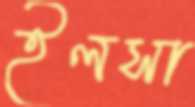
ইলসা